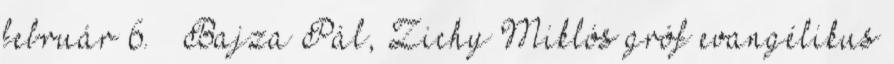
február 6. – Bajza Pál, Zichy Miklós gróf evangélikus